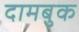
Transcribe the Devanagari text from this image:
दामबुक